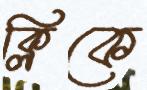
ক্লিকে